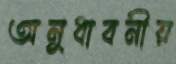
অনুধাবনীয়